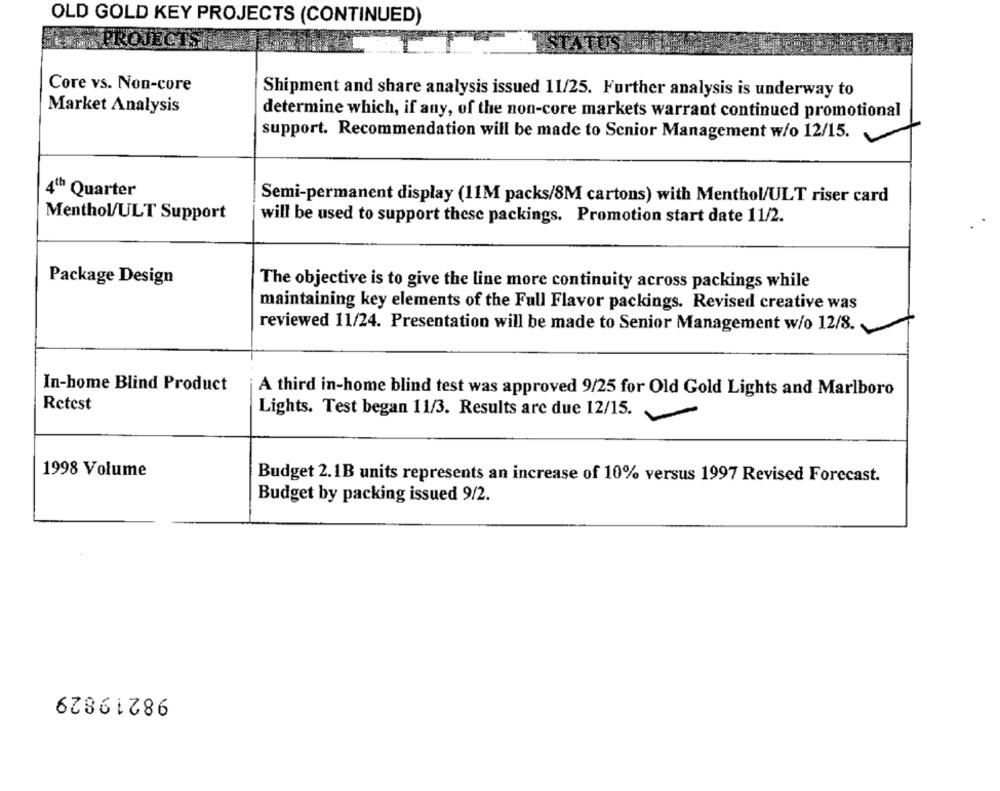
OLD GOLD KEY PROJECTS (CONTINUED)
PROJECTS
Core vs. Non-core
Shipment and share analysis issued 11/25. Further analysis is underway to
Market Analysis
determine which, if any, of the non-core markets warrant continued promotional
support. Recommendation will be made to Senior Management w/o 12/15.
8
Quarter
Semi-permanent display (11M packs/8M cartons) with Menthol/ULT riser card
Menthol/ULT Support
will be used to support these packings. Promotion start date 11/2.
Package Design
The objective is to give the line more continuity across packings while
maintaining key elements of the Full Flavor packings. Revised creative was
reviewed 11/24. Presentation will be made to Senior Management w/o 12/8.
In-home Blind Product
A third in-home blind test was approved 9/25 for Old Gold Lights and Marlboro
Retest
Lights. Test began 11/3. Results are due 12/15.
1998 Volume
Budget 2.1B units represents an increase of 10% versus 1997 Revised Forecast.
Budget by packing issued 9/2.
98219829